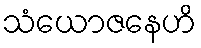
သံယောဇနေဟိ